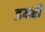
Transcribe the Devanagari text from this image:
डयरी